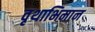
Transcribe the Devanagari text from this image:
वृथाभिमान